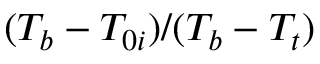
( T _ { b } - T _ { 0 i } ) / ( T _ { b } - T _ { t } )